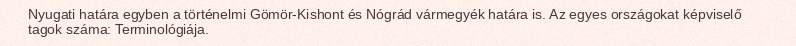
Nyugati határa egyben a történelmi Gömör-Kishont és Nógrád vármegyék határa is. Az egyes országokat képviselő tagok száma: Terminológiája.